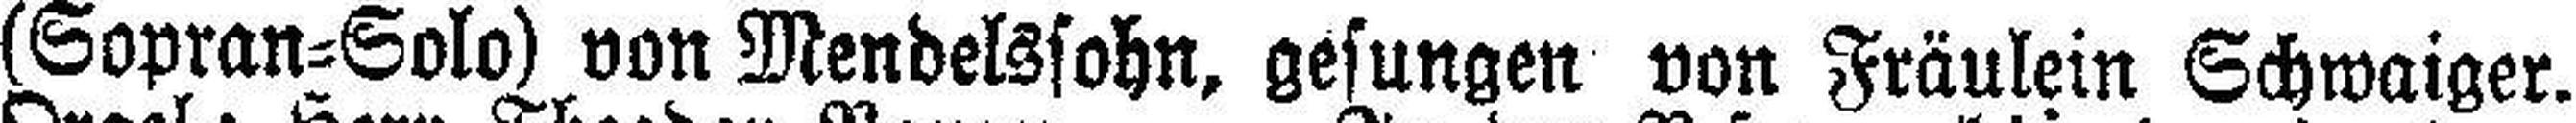
(Sopran=Solo) von Mendelssohn, gesungen von Fräulein Schwaiger.